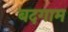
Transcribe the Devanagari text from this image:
बदगाम